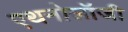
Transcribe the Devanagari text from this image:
एथनोलॉजी